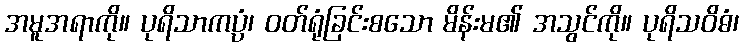
အမူအရာကို။ ပုရိသာကပ္ပံ၊ ဝတ်ရုံခြင်းစသော မိန်းမ၏ အသွင်ကို။ ပုရိသဝိဓံ၊